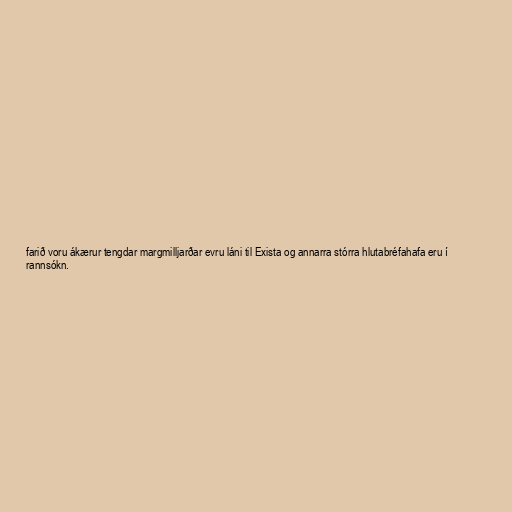
farið voru ákærur tengdar margmilljarðar evru láni til Exista og annarra stórra hlutabréfahafa eru í
rannsókn.